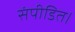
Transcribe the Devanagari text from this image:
संपीडित।